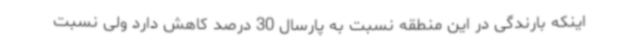
اینکه بارندگی در این منطقه نسبت به پارسال 30 درصد کاهش دارد ولی نسبت